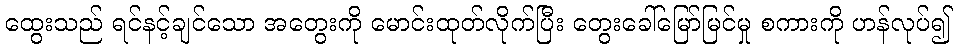
ထွေးသည် ရင်နင့်ချင်သော အတွေးကို မောင်းထုတ်လိုက်ပြီး တွေးခေါ်မြော်မြင်မှု စကားကို ဟန်လုပ်၍